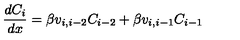
\frac { d C _ { i } } { d x } = \beta v _ { i , i - 2 } C _ { i - 2 } + \beta v _ { i , i - 1 } C _ { i - 1 }